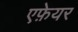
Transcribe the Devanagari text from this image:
एफ़ेयर